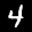
Label: 4